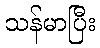
သန်မာပြီး